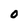
Character: 0